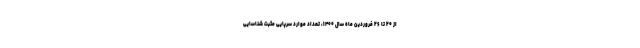
از ۲۰ تا ۲۶ فروردین ماه سال ۱۴۰۰، تعداد موارد سرپایی مثبت شناسایی